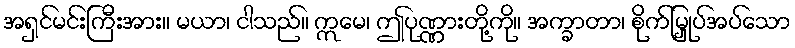
အရှင်မင်းကြီးအား။ မယာ၊ ငါသည်။ ဣမေ၊ ဤပုဏ္ဏားတို့ကို။ အက္ခာတာ၊ စိုက်မြှုပ်အပ်သော